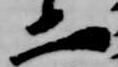
二